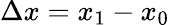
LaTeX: \Delta x=x_{1}-x_{0}